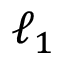
\ell _ { 1 }